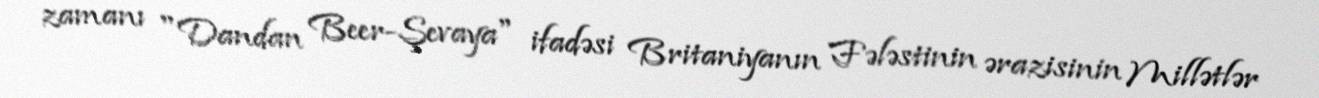
zamanı "Dandan Beer-Şevaya" ifadəsi Britaniyanın Fələstinin ərazisinin Millətlər